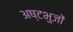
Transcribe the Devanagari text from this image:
अष्टभुजों